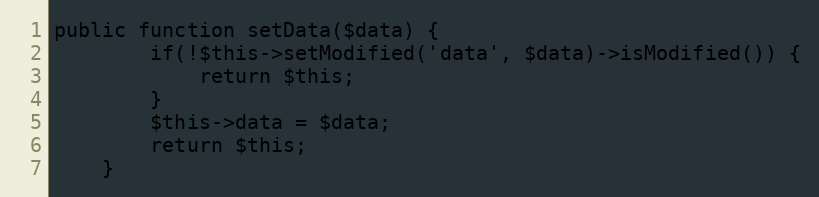
Language: PHP
public function setData($data) {
        if(!$this->setModified('data', $data)->isModified()) {
            return $this;
        }
		$this->data = $data;
		return $this;
    }